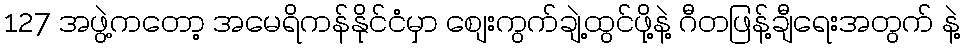
127 အဖွဲ့ကတော့ အမေရိကန်နိုင်ငံမှာ စျေးကွက်ချဲ့ထွင်ဖို့နဲ့ ဂီတဖြန့်ချီရေးအတွက် နဲ့